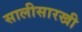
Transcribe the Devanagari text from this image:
सालीसारखी